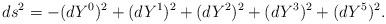
LaTeX: \begin{align*}ds^2 = -(dY^0)^2 + (dY^1)^2 + (dY^2)^2 + (dY^3)^2 + (dY^5)^2. \end{align*}